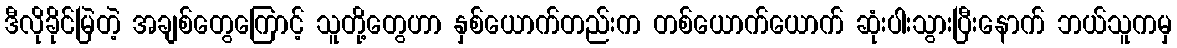
ဒီလိုခိုင်မြဲတဲ့ အချစ်တွေကြောင့် သူတို့တွေဟာ နှစ်ယောက်တည်းက တစ်ယောက်ယောက် ဆုံးပါးသွားပြီးနောက် ဘယ်သူကမှ